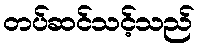
တပ်ဆင်သင့်သည်